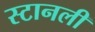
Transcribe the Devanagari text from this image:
स्टानली